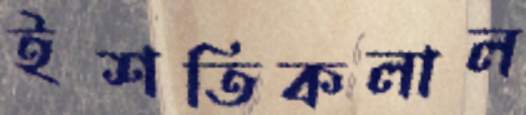
ইশতিকলাল